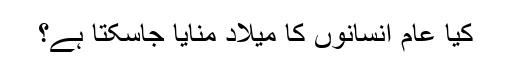
کیا عام انسانوں کا میلاد منایا جاسکتا ہے؟